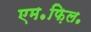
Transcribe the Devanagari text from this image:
एम॰फ़िल॰